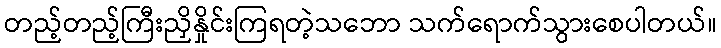
တည့်တည့်ကြီးညှိနှိုင်းကြရတဲ့သဘော သက်ရောက်သွားစေပါတယ်။